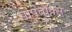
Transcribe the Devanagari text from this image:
सोपबॉक्स